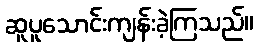
ဆူပူသောင်းကျန်းခဲ့ကြသည်။